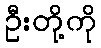
ဦးတို့ကို